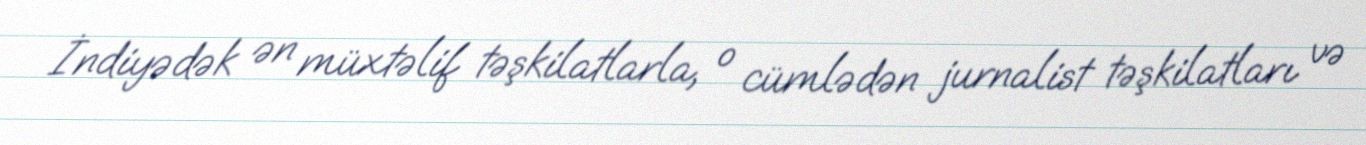
İndiyədək ən müxtəlif təşkilatlarla, o cümlədən jurnalist təşkilatları və